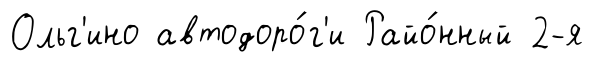
Ольг'ино автодоро́г'и Райо́нный 2-я